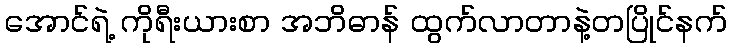
အောင်ရဲ့ ကိုရီးယားစာ အဘိဓာန် ထွက်လာတာနဲ့တပြိုင်နက်